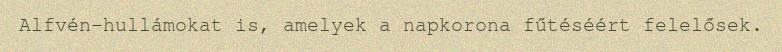
Alfvén-hullámokat is, amelyek a napkorona fűtéséért felelősek.